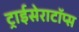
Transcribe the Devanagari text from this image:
ट्राईसेराटॉप्स